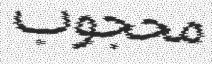
محجوب